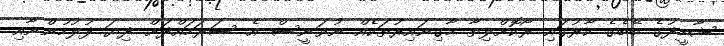
ޝާހީދުގެ ބޭބެގެ ކާރުގައި ރޯކޮށްލިތާ މާގިނައިރުތަކެއް ނުވަނީސް އެ ސަރަހައްދަށް ދިޔަ ފުލުހުންނާއި